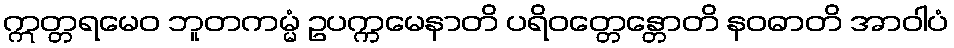
ဣတ္တရမေဝ ဘူတကမ္မံ ဥပက္ကမေနာတိ ပရိဝတ္တေန္တောတိ နဝဓာတိ အာဝါပံ